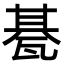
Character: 𤭦